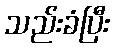
သည်းခံပြီး